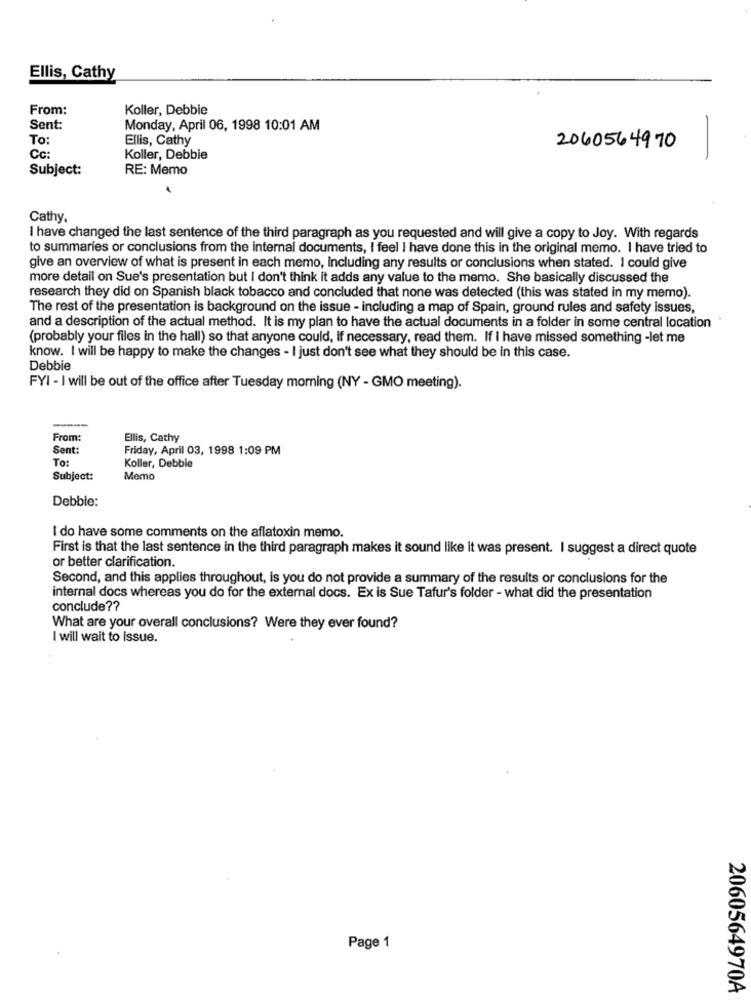
Ellis, Cathy
From:
Koller, Debbie
Sent:
Monday, April 06, 1998 10:01 AM
-
To:
Ellis, Cathy
2060564970
Cc:
Koller, Debbie
-
Subject:
RE: Memo
Cathy,
I have changed the last sentence of the third paragraph as you requested and will give a copy to Joy. With regards
to summaries or conclusions from the internal documents, I feel I have done this in the original memo. I have tried to
give an overview of what is present in each memo, Including any results or conclusions when stated. I could give
more detail on Sue's presentation but I don't think it adds any value to the memo. She basically discussed the
research they did on Spanish black tobacco and concluded that none was detected (this was stated in my memo).
The rest of the presentation is background on the issue - including a map of Spain, ground rules and safety issues,
and a description of the actual method. It is my plan to have the actual documents in a folder in some central location
(probably your files in the hall) so that anyone could, if necessary, read them. If I have missed something -let me
know. I will be happy to make the changes - I just don't see what they should be in this case.
Debbie
FYI - I will be out of the office after Tuesday morning (NY - GMO meeting).
From:
Ellis, Cathy
Sent:
Friday, April 03, 1998 1:09 PM
To:
Koller, Debbie
Subject:
Memo
Debbie:
I do have some comments on the aflatoxin memo.
First is that the last sentence in the third paragraph makes it sound like it was present. I suggest a direct quote
or better clarification.
Second, and this applies throughout, is you do not provide a summary of the results or conclusions for the
internal docs whereas you do for the external docs. Ex is Sue Tafur's folder - what did the presentation
conclude ??
What are your overall conclusions? Were they ever found?
I will wait to issue.
Page 1
2060564970A